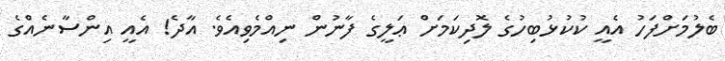
ބެލުމަށްފަހު އެއީ ކުކުޅުބިހުގެ ލޮދިކަމަށް ޢަލީގެ ފާނުން ނިއްމެވިއެވެ. އާދެ! އެއީ އިންސާނެއްގެ